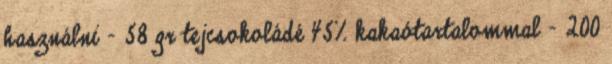
használni - 58 gr tejcsokoládé 45% kakaótartalommal - 200